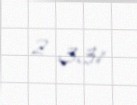
2 331